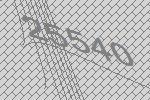
25540